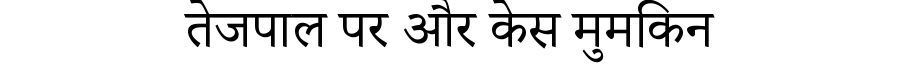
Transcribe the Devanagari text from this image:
तेजपाल पर और केस मुमकिन